Civil Veterinary Dept. North-West Frontier Province 1901-22 - 1901-1922
Year: 1901
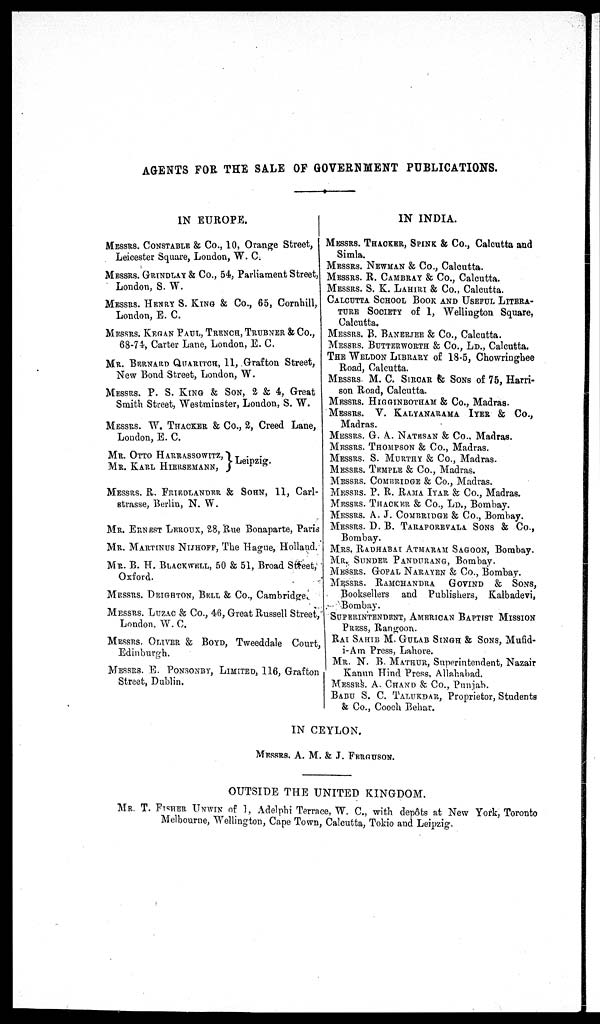
AGENTS FOR THE SALE OF GOVERNMENT PUBLICATIONS.
IN EUROPE.
MESSRS. CONSTABLE & Co., 10, Orange Street,
Leicester Square, London, W. C.
MESSRS. GRINDLAY & Co., 54., Parliament Street,
London, S. W.
MESSRS. HENRY S. KING & Co., 65, Cornhill,
London, E. C.
MESSRS. KEGAN PAUL, TRENCH, TRUBNER & Co.,
68-74, Carter Lane, London, E. C.
MR. BERNARD QUARITCH, 11, Grafton Street,
New Bond Street, London, W.
MESSRS. P. S. KING & SON, 2 & 4, Great
Smith Street, Westminster, Loudon, S. W.
MESSRS. W. THACKER & Co., 2, Creed Lane,
Loudon, E. C.
MR. OTTO HARRASSOWITZ,
MR. KARL HIERSEMANN,
Leipzig.
MESSRS. R. FRIEDLANDER & SOHN, 11, Carl-
strasse, Berlin, N. W.
MR. ERNEST LEROUX, 28, Rue Bonaparte, Paris
MR. MARTIN US NIJHOFF, The Hague, Holland.
MR. B. H. BLACK WELL, 50 & 51, Broad Street,
Oxford.
MESSRS. DEIGHTON, BELL & Co., Cambridge.
MESSRS. LUZAC & Co., 46, Great Russell Street,
London. W. C.
MESSRS. OLIVER & BOYD, Tweeddale Court,
Edinburgh.
MESSRS. E. PONSOXBY, LIMITED, 116, Grafton
Street, Dublin.
IN INDIA.
MESSRS. THACKER, SPINK & Co., Calcutta and
Simla.
MESSRS. NEWMAN & Co., Calcutta.
MESSRS. R. CAMBRAY & Co., Calcutta.
MESSRS. S. K. LAHIRI & Co., Calcutta.
CALCUTTA SCHOOL BOOK AND USEFUL LITERA-
TURE SOCIETY of 1, Wellington Square,
Calcutta.
MESSRS. B. BANERJEE & Co., Calcutta.
MESSRS. BUTTERWORTH & Co., LD., Calcutta.
THE WELDON LIBRARY of 18-5, Chowringhee
Road, Calcutta.
MESSRS M. C. SIRCAR & SONS of 75, Harri-
son Road, Calcutta.
MESSRS. HIGGINBOTHAM & Co., Madras.
MESSRS.
V. KALYANARAMA IYER & Co.,
Madras.
MESSRS. G. A. NATESAN & Co., Madras.
MESSRS. THOMPSON & Co., Madras.
MESSRS. S. MURTHY & Co., Madras.
MESSRS. TEMPLE & Co., Madras.
MESSRS. COMBRIDGE & Co., Madras.
MESSRS. P. R. RAMA IYAR & Co., Madras.
MESSRS. THACKER & Co., LD., Bombay.
MESSRS. A. J. COMBRIDGE & Co., Bombay.
MESSRS. D. B. TARAPOREVALA SONS & Co.,
Bombay.
MRS. RADHABAI ATMARAM SAGOON, Bombay.
MR. SUNDER PANDURANG, Bombay.
MESSRS. GOPAL NARAYEN & Co., Bombay.
MESSRS. RAMCHANDRA
GOVIND
& SONS,
Booksellers and Publishers, Kalbadevi,
Bombay.
SUPERINTENDENT, AMERICAN BAPTIST MISSION
PRESS, Rangoon.
RAI SAHIB M. GULAB SINGH & SONS, Mufid-
i-Am Press, Lahore.
MR. N. B. MATHUR, Superintendent, Nazair
Kanun Hind Press, Allahabad.
MESSRS. A. CHAND & Co., Punjab.
BABU S. C. TALUKDAR, Proprietor, Students
& Co., Cooch Behar.
IN CEYLON.
MESSRS. A. M. & J. FERGUSON.
OUTSIDE THE UNITED KINGDOM.
MR. T. FISHER UNWIN of 1, Adelphi Terrace, W. C., with depôts at New York, Toronto
Melbourne, Wellington, Cape Town, Calcutta, Tokio and Leipzig.